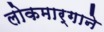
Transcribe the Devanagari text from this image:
लोकमार्गाने